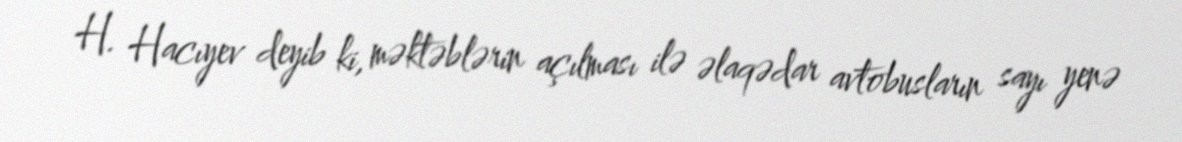
H. Hacıyev deyib ki, məktəblərin açılması ilə əlaqədar avtobusların sayı yenə